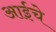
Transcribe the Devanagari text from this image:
अाईचे